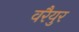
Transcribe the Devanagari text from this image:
वरैयुर